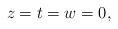
LaTeX: \begin{align*}z=t=w=0,\end{align*}